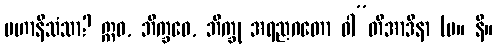
မဟာနိသံသာ? ဣဓ, ဘိက္ခဝေ, ဘိက္ခု အရညဂတော ဝါ”တိအာဒိနာ (မ။ နိ။